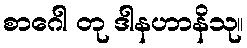
စာဂေါ တု ဒါနဟာနိသု။